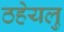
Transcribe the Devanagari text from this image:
ठहेयलु